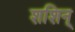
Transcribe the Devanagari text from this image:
शशिन्‌